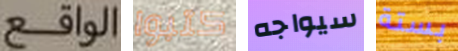
الواقع كتبوا سيواجه بستة